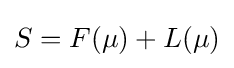
S=F(\mu )+L(\mu )